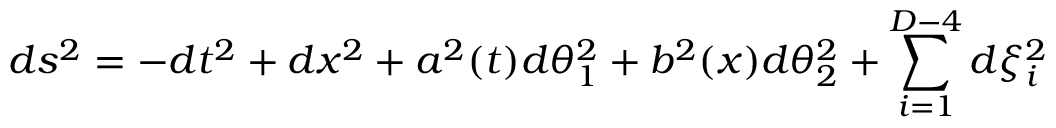
d s ^ { 2 } = - d t ^ { 2 } + d x ^ { 2 } + a ^ { 2 } ( t ) d \theta _ { 1 } ^ { 2 } + b ^ { 2 } ( x ) d \theta _ { 2 } ^ { 2 } + \sum _ { i = 1 } ^ { D - 4 } d \xi _ { i } ^ { 2 }